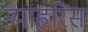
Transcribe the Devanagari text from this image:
न्याहरिस